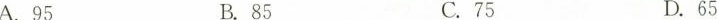
A.95 B.85 C.75 D.65